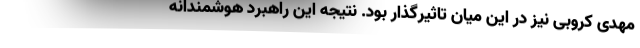
مهدی کروبی نیز در این میان تاثیرگذار بود. نتیجه این راهبرد هوشمندانه